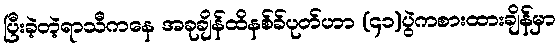
ပြီးခဲ့တဲ့ရာသီကနေ အခုချိန်ထိနစ်ခ်ပုတ်ဟာ (၄၁)ပွဲကစားထားချိန်မှာ